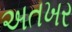
અતખર